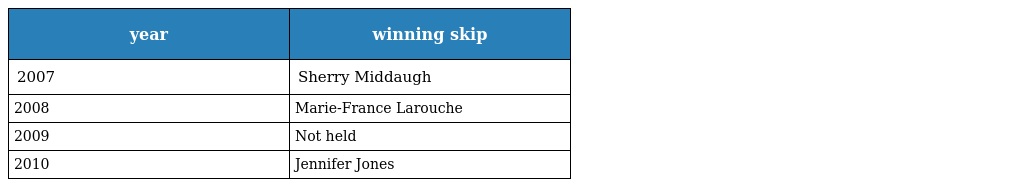
| year | winning skip |
 | --- | --- |
 | 2007 | Sherry Middaugh |
 | 2008 | Marie-France Larouche |
 | 2009 | Not held |
 | 2010 | Jennifer Jones |